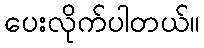
ပေးလိုက်ပါတယ်။